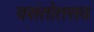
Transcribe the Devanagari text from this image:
वसंतोतसव